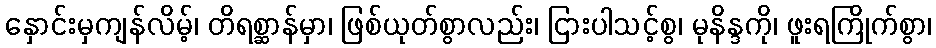
နှောင်းမှကျန်လိမ့်၊ တိရစ္ဆာန်မှာ၊ ဖြစ်ယုတ်စွာလည်း၊ ငြားပါသင့်စွ၊ မုနိန္ဒကို၊ ဖူးရကြိုက်စွာ၊